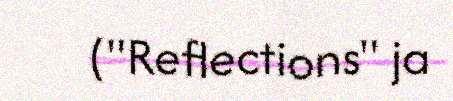
("Reflections" ja